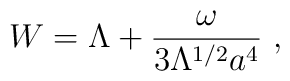
W = \Lambda +\frac{\omega}{3\Lambda^{1/2}a^{4}} ~,